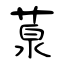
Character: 葲